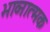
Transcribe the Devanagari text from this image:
भाव्नात्मक